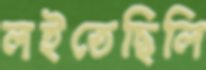
লইতেছিলি